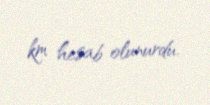
km hesab olunurdu.